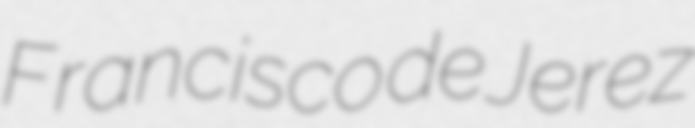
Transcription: Francisco de Jerez